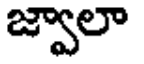
జ్వాలా